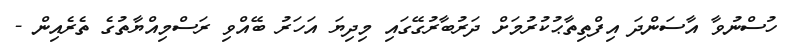
ހުސްނުވާ އާސަންދަ އިފްތިތާޙުކުރުމަށް ދަރުބާރުގޭގައި މިދިޔަ އަހަރު ބޭއްވި ރަސްމިއްޔާތުގެ ތެރެއިން -